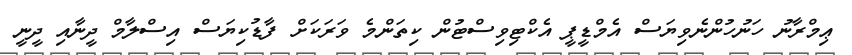
ޢިމްރާނު ހަނުހުންނެވިޔަސް އެމްޑީޕީ އެކްޓިވިސްޓުން ކިތަންމެ ވަރަކަށް ފާޑުކިޔަސް އިސްލާމް ދީނާއި ދީނީ